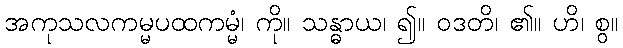
အကုသလကမ္မပထကမ္မံ၊ ကို။ သန္ဓာယ၊ ၍။ ဝဒတိ၊ ၏။ ဟိ၊ စွ။